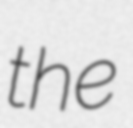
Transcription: the